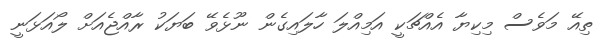
ތިއޭ މަވެސް މިކިޔާ އެެއްޗަކީ އަމިއްލަ ހާލައިގެން ނޫޅެވޭ ބަޔަކު ރާއްޖެއަށް ލޯއަޅަނީ